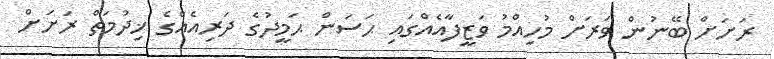
ރަށަށް ބޭނުން ވަރަށް މުހިއްމު ވަޒީފާއެއްގައި ޙަސަން ޙަމީދުގެ ދަރިއެއްގެ ޚިދުމަތް ރަށަށް